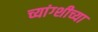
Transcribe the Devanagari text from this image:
च्यांग्शीच्या